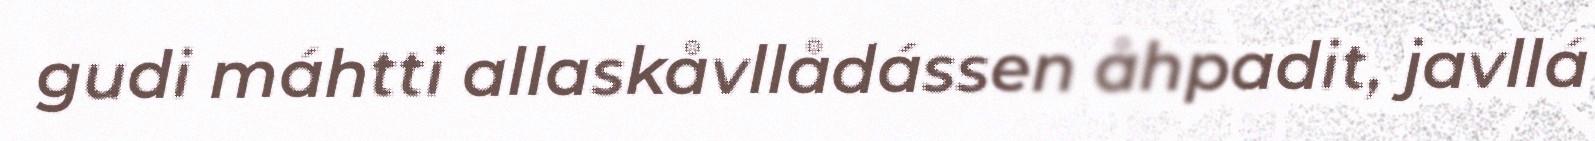
gudi máhtti allaskåvllådássen åhpadit, javllá